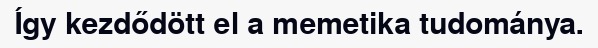
Így kezdődött el a memetika tudománya.